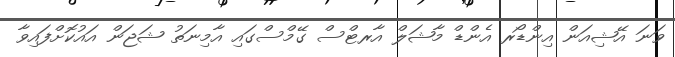
ވަނަ އޭޝިއަން އިންޑޯރ އެންޑް މާޝަލް އާރޓްސް ގޭމްސްގައި އާމިނަތު ޝަޖަން އައުކޮށްފައިވާ